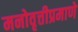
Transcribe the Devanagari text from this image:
मनोवृत्तीप्रमाणे